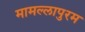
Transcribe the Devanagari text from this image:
मामल्‍लापुरम